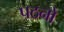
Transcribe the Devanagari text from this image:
पठनो